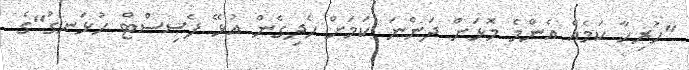
"ހުރިހާ ކަމެއް އެންމެ މޮޅަށް ދަންނަ ކަމަށް ހެދިގެން އުޅޭ ފެސިސްޓް ހުޅަނގު"ގެ